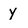
Character: y